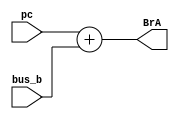
module adder(
input [7:0]pc,
input [7:0]bus_b,
output [7:0]BrA);
assign BrA = pc + bus_b;

endmodule